Treatise on elephants
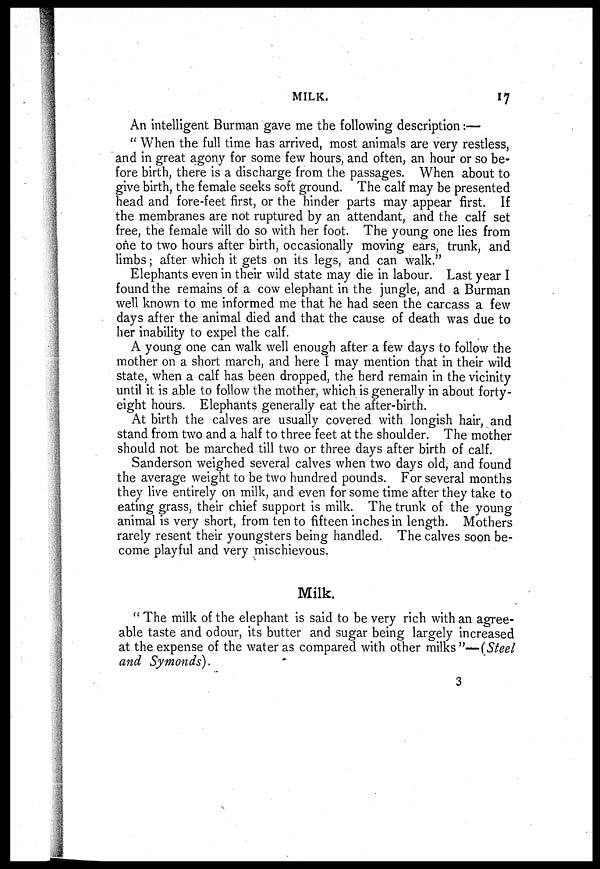
MILK.
17
An intelligent Burman gave me the following description:—
" When the full time has arrived, most animals are very restless,
and in great agony for some few hours, and often, an hour or so be-
fore birth, there is a discharge from the passages. When about to
give birth, the female seeks soft ground. The calf may be presented
head and fore-feet first, or the hinder parts may appear first. If
the membranes are not ruptured by an attendant, and the calf set
free, the female will do so with her foot. The young one lies from
one to two hours after birth, occasionally moving ears, trunk, and
limbs; after which it gets on its legs, and can walk."
Elephants even in their wild state may die in labour. Last year I
found the remains of a cow elephant in the jungle, and a Burman
well known to me informed me that he had seen the carcass a few
days after the animal died and that the cause of death was due to
her inability to expel the calf.
A young one can walk well enough after a few days to follow the
mother on a short march, and here I may mention that in their wild
state, when a calf has been dropped, the herd remain in the vicinity
until it is able to follow the mother, which is generally in about forty-
eight hours. Elephants generally eat the after-birth.
At birth the calves are usually covered with longish hair, and
stand from two and a half to three feet at the shoulder. The mother
should not be marched till two or three days after birth of calf.
Sanderson weighed several calves when two days old, and found
the average weight to be two hundred pounds. For several months
they live entirely on milk, and even for some time after they take to
eating grass, their chief support is milk. The trunk of the young
animal is very short, from ten to fifteen inches in length. Mothers
rarely resent their youngsters being handled. The calves soon be-
come playful and very mischievous.
Milk.
" The milk of the elephant is said to be very rich with an agree-
able taste and odour, its butter and sugar being largely increased
at the expense of the water as compared with other milks"—(Steel
and Symonds).
3